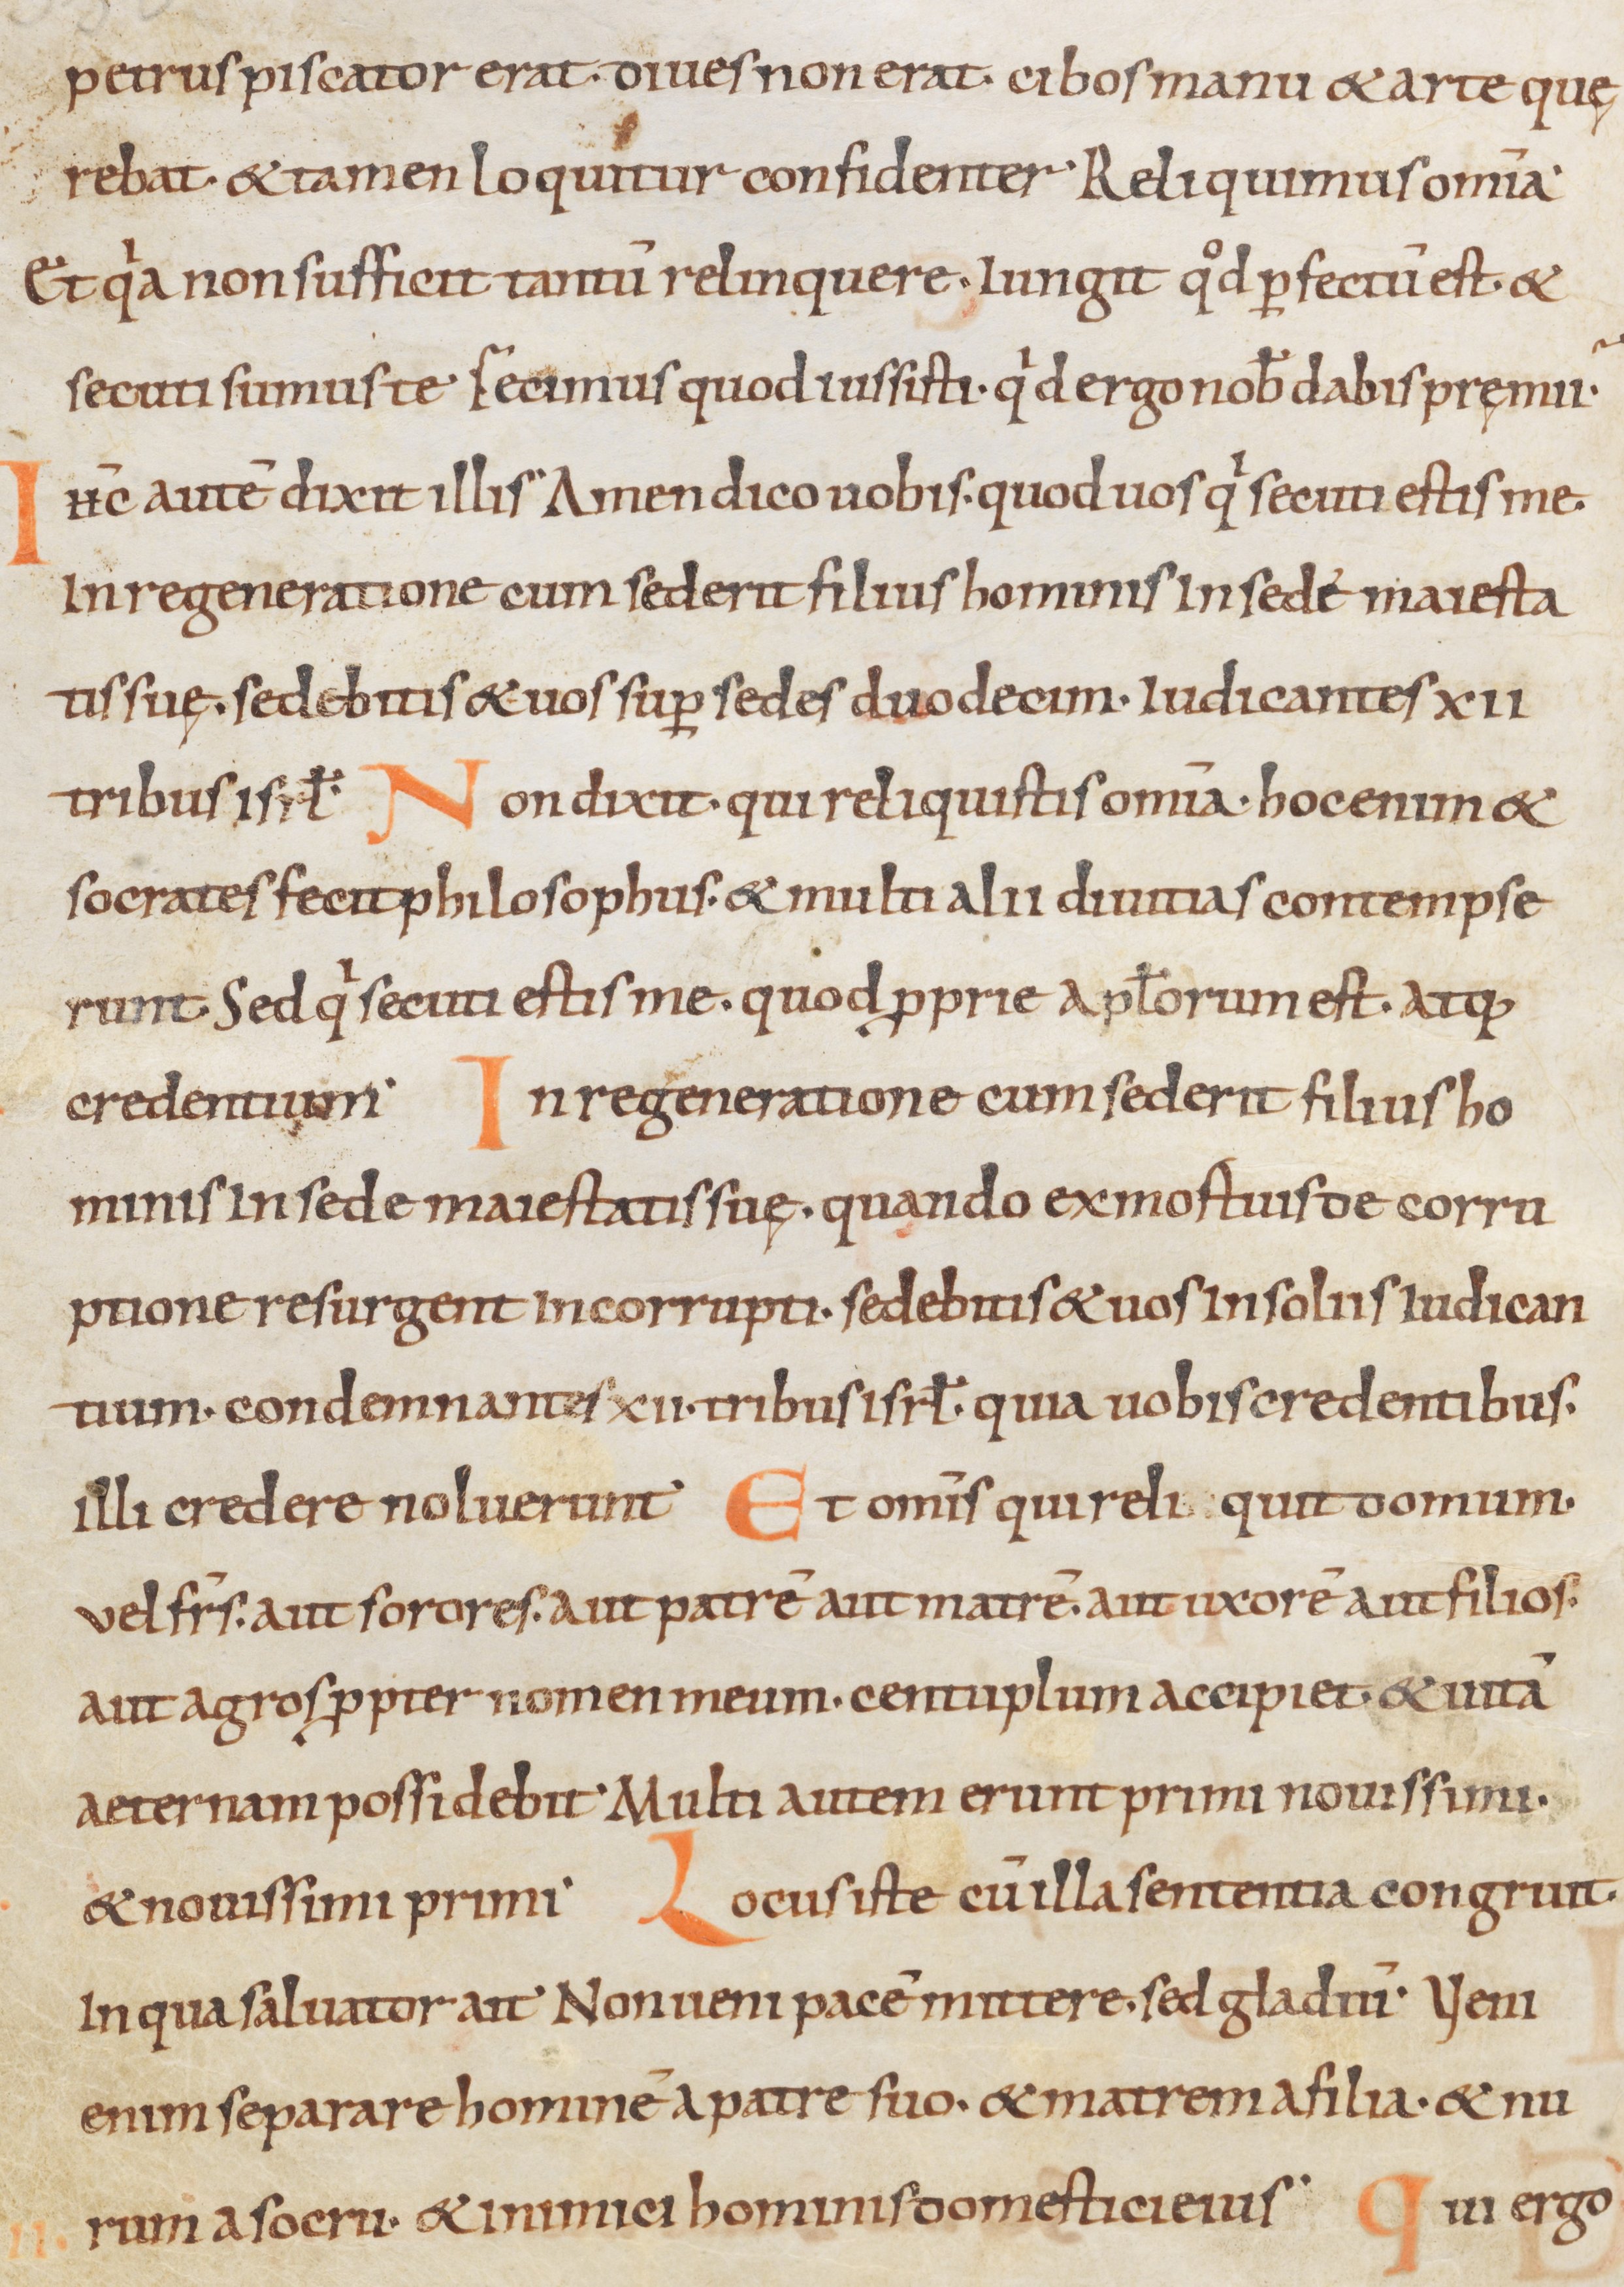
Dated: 900–999